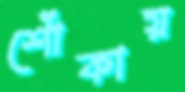
শোঁকায়